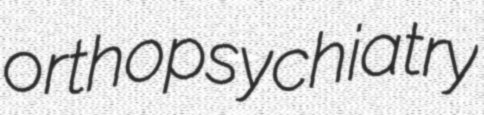
orthopsychiatry